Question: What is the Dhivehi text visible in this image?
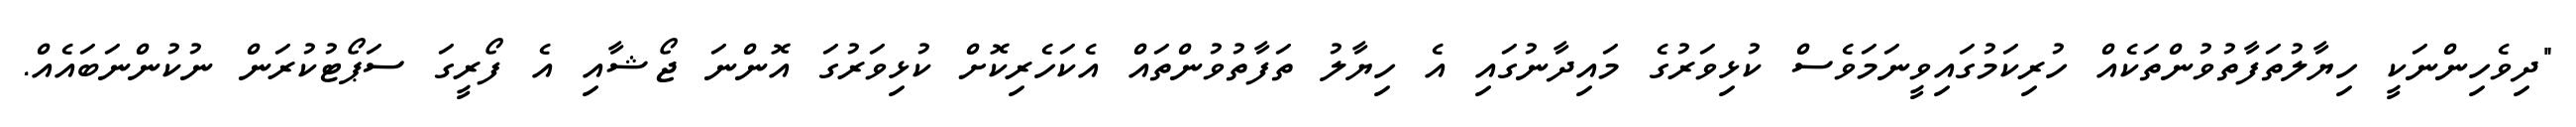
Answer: "ދިވެހިންނަކީ ހިޔާލުތަފާތުވުންތަކެއް ހުރިކަމުގައިވީނަމަވެސް ކުޅިވަރުގެ މައިދާނުގައި އެ ހިޔާލު ތަފާތުވުންތައް އެކަހެރިކޮށް ކުޅިވަރުގަ އޮންނަ ޖޯޝާއި އެ ފޯރީގަ ސަޕޯޓުކުރަން ނުކުންނަބައެއް.